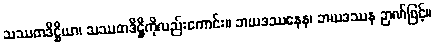
သဿတဒိဋ္ဌိယာ၊ သဿတဒိဋ္ဌိကိုလည်းကောင်း။ ဘယဒဿနေန၊ ဘယဒဿန ဉာဏ်ဖြင့်။